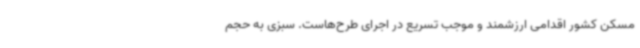
مسکن کشور اقدامی ارزشمند و موجب تسریع در اجرای طرح‌هاست. سبزی به حجم